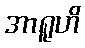
အာရူဟိ